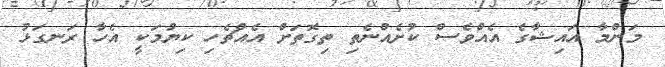
މަންމާ އައިޝާގެ އެއްވެސް ކުށެއްނެތި ތިގޮތަށް އެއްޗެހި ކިޔުމަކީ އެހާ ރަނގަޅު